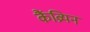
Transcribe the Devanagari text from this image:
कैंव्रियन